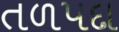
તળપદા